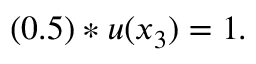
( 0 . 5 ) * u ( x _ { 3 } ) = 1 .